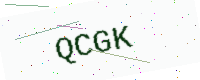
Text: QCGK